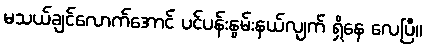
မသယ်ချင်လောက်အောင် ပင်ပန်းနွမ်းနယ်လျက် ရှိနေ လေပြီ။